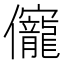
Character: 𠑙